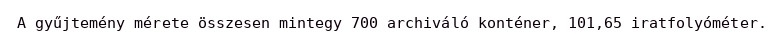
A gyűjtemény mérete összesen mintegy 700 archiváló konténer, 101,65 iratfolyóméter.